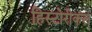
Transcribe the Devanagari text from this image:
हिस्टोरीकल